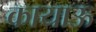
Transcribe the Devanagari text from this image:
कायाऊ